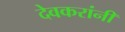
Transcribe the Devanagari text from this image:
देवकरांनी